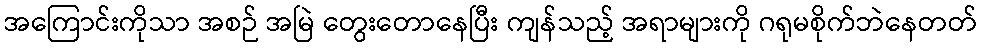
အကြောင်းကိုသာ အစဉ် အမြဲ တွေးတောနေပြီး ကျန်သည့် အရာများကို ဂရုမစိုက်ဘဲနေတတ်